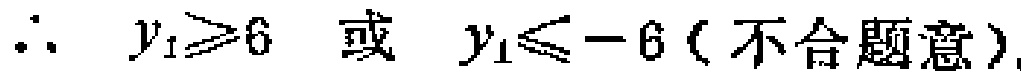
\(\therefore\ y_{1}\geqslant6\ 或\ y_{1}\leqslant -6(不合题意)\)